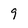
Character: 9